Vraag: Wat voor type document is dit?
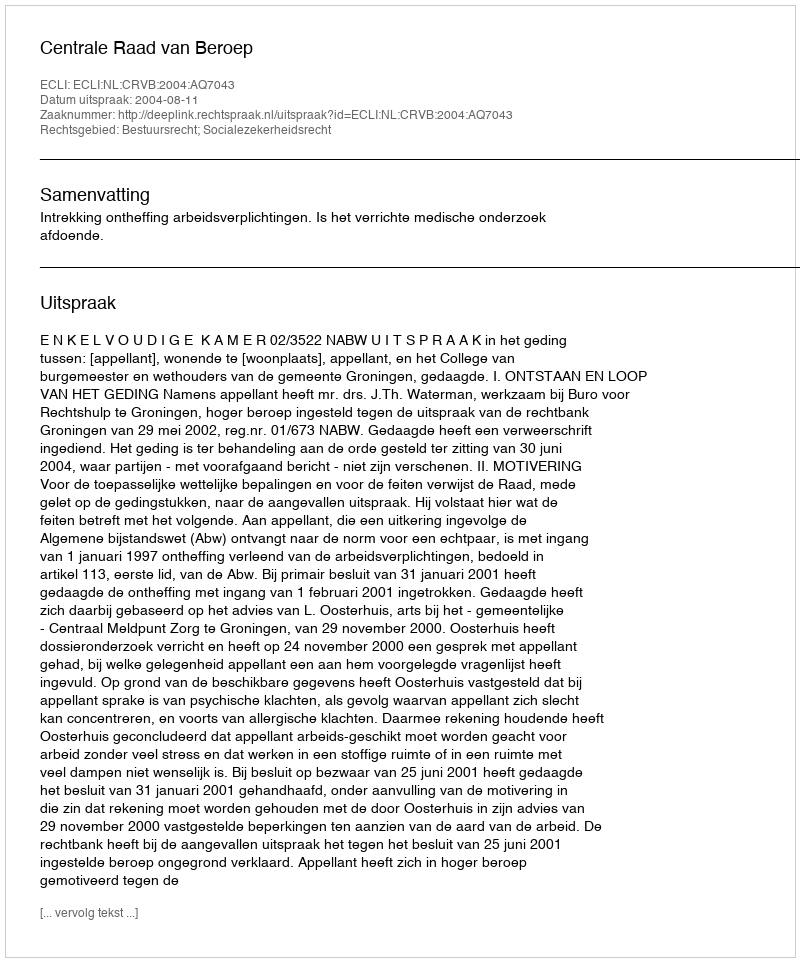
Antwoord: Uitspraak